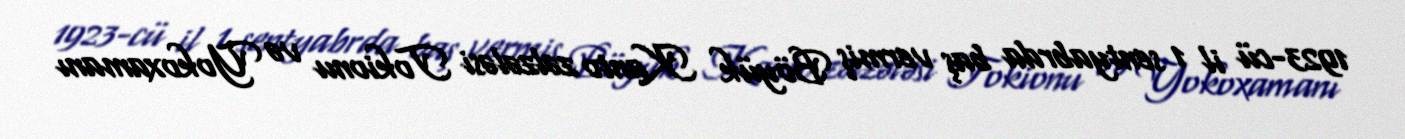
1923-cü il 1 sentyabrda baş vermiş Böyük Kanto zəlzələsi Tokionu və Yokoxamanı